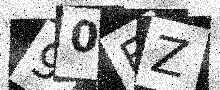
Text: 90FZ